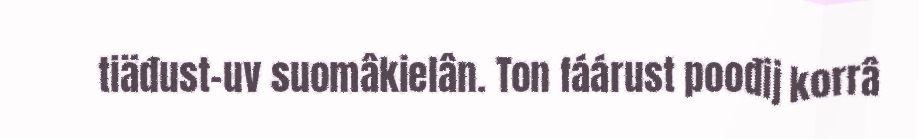
tiäđust-uv suomâkielân. Ton fáárust poođij korrâ